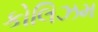
કોલિઝમ